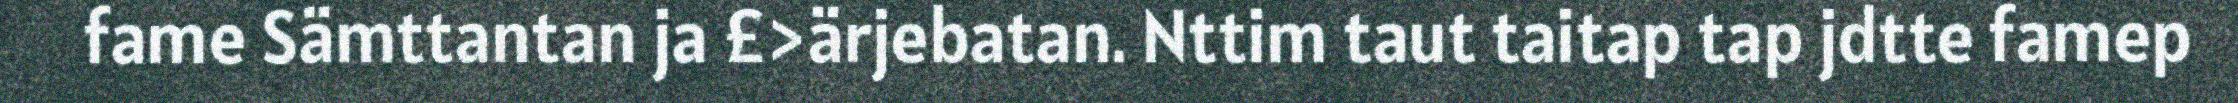
fame Sämttantan ja £>ärjebatan. Nttim taut taitap tap jdtte famep